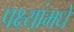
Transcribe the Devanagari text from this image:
पक्ष्यांमधे